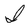
Character: I